Report of the Municipal Commissioner on the plague in Bombay for the year ending 31st May... - Volume 2
Disease focus: Plague
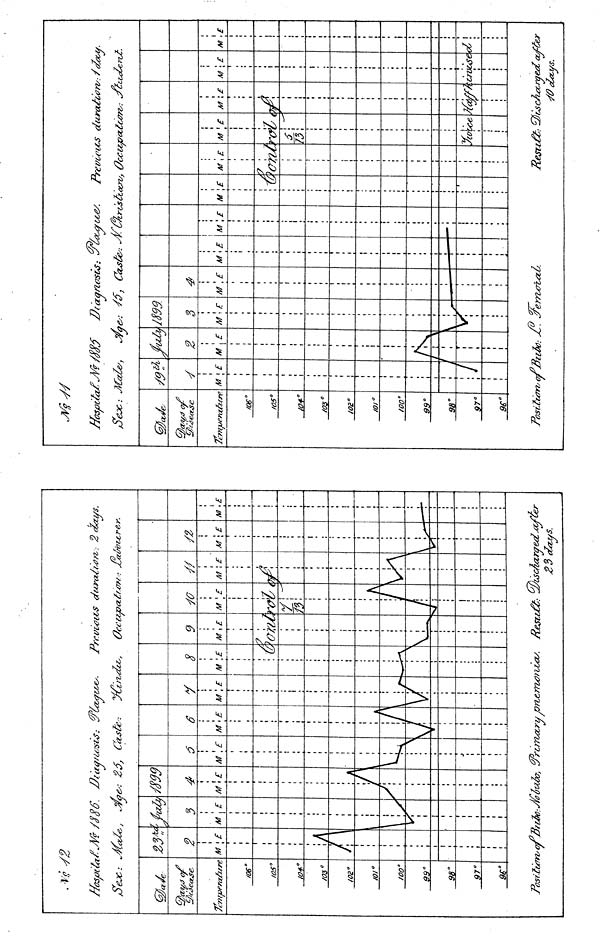
7c'ntper<x/:ure
/OS"
/as"
/o+°/
03°I
Ot°/
Ol°/
00°9
9°9
8°9
7°9
S°2
3 A
M
1
PosiiuTroc
2
\E
\A (
/I
//<S6. I
jfye,:
3
M
\ u
1
/
1/Aiq/L
/m
4
M
I
/
\E
A
A
Ca
M
J
;
m
6
\£
\
5:
sic
6
M
1
\f
\E
k
1
M
V
72,6
Y
\E
r-
/
rru?
8
M \E
... ly
1/.
M
7
?^>
V
A
9
\d
JO
M
1 ft
s £
I
A
r
i.vn, : 2 dai/s
M
V
i
IS
A
M
\^\
£
M
*-—
23 coccus.
'.£
ffos/otta
SeJC: .
QJaJe,
'06°/
05 a
/or
/os°/
OB"
/Ol"
zoo"
99°9
8°9
7°9
5°'
/
Male/,
Si
/
M \E
i
J
m.
M
j j
\E
\
Diagnosis: .
1899.
3
M
vj
l -E
r
M
•ii n
•
\E
Position; of Uiifo: ji.
jemxrUzt
V U
s: S
M \E
U
I
M \£
/
sic
Prevcei'CS
ocro, OcCUpcc
M \E
\H
M
7
R
\£
•
rd
&SII
dm
tCA7 t
M
5
73
•
>&.
1
% £
I
r sce
W: J/fotalerut
M
•
i
\£
\
M
C77)
\£
use
I
M
d
<£
ischctrgecl Gtffer
•/0 alctus.